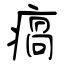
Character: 瘑